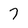
Character: 7